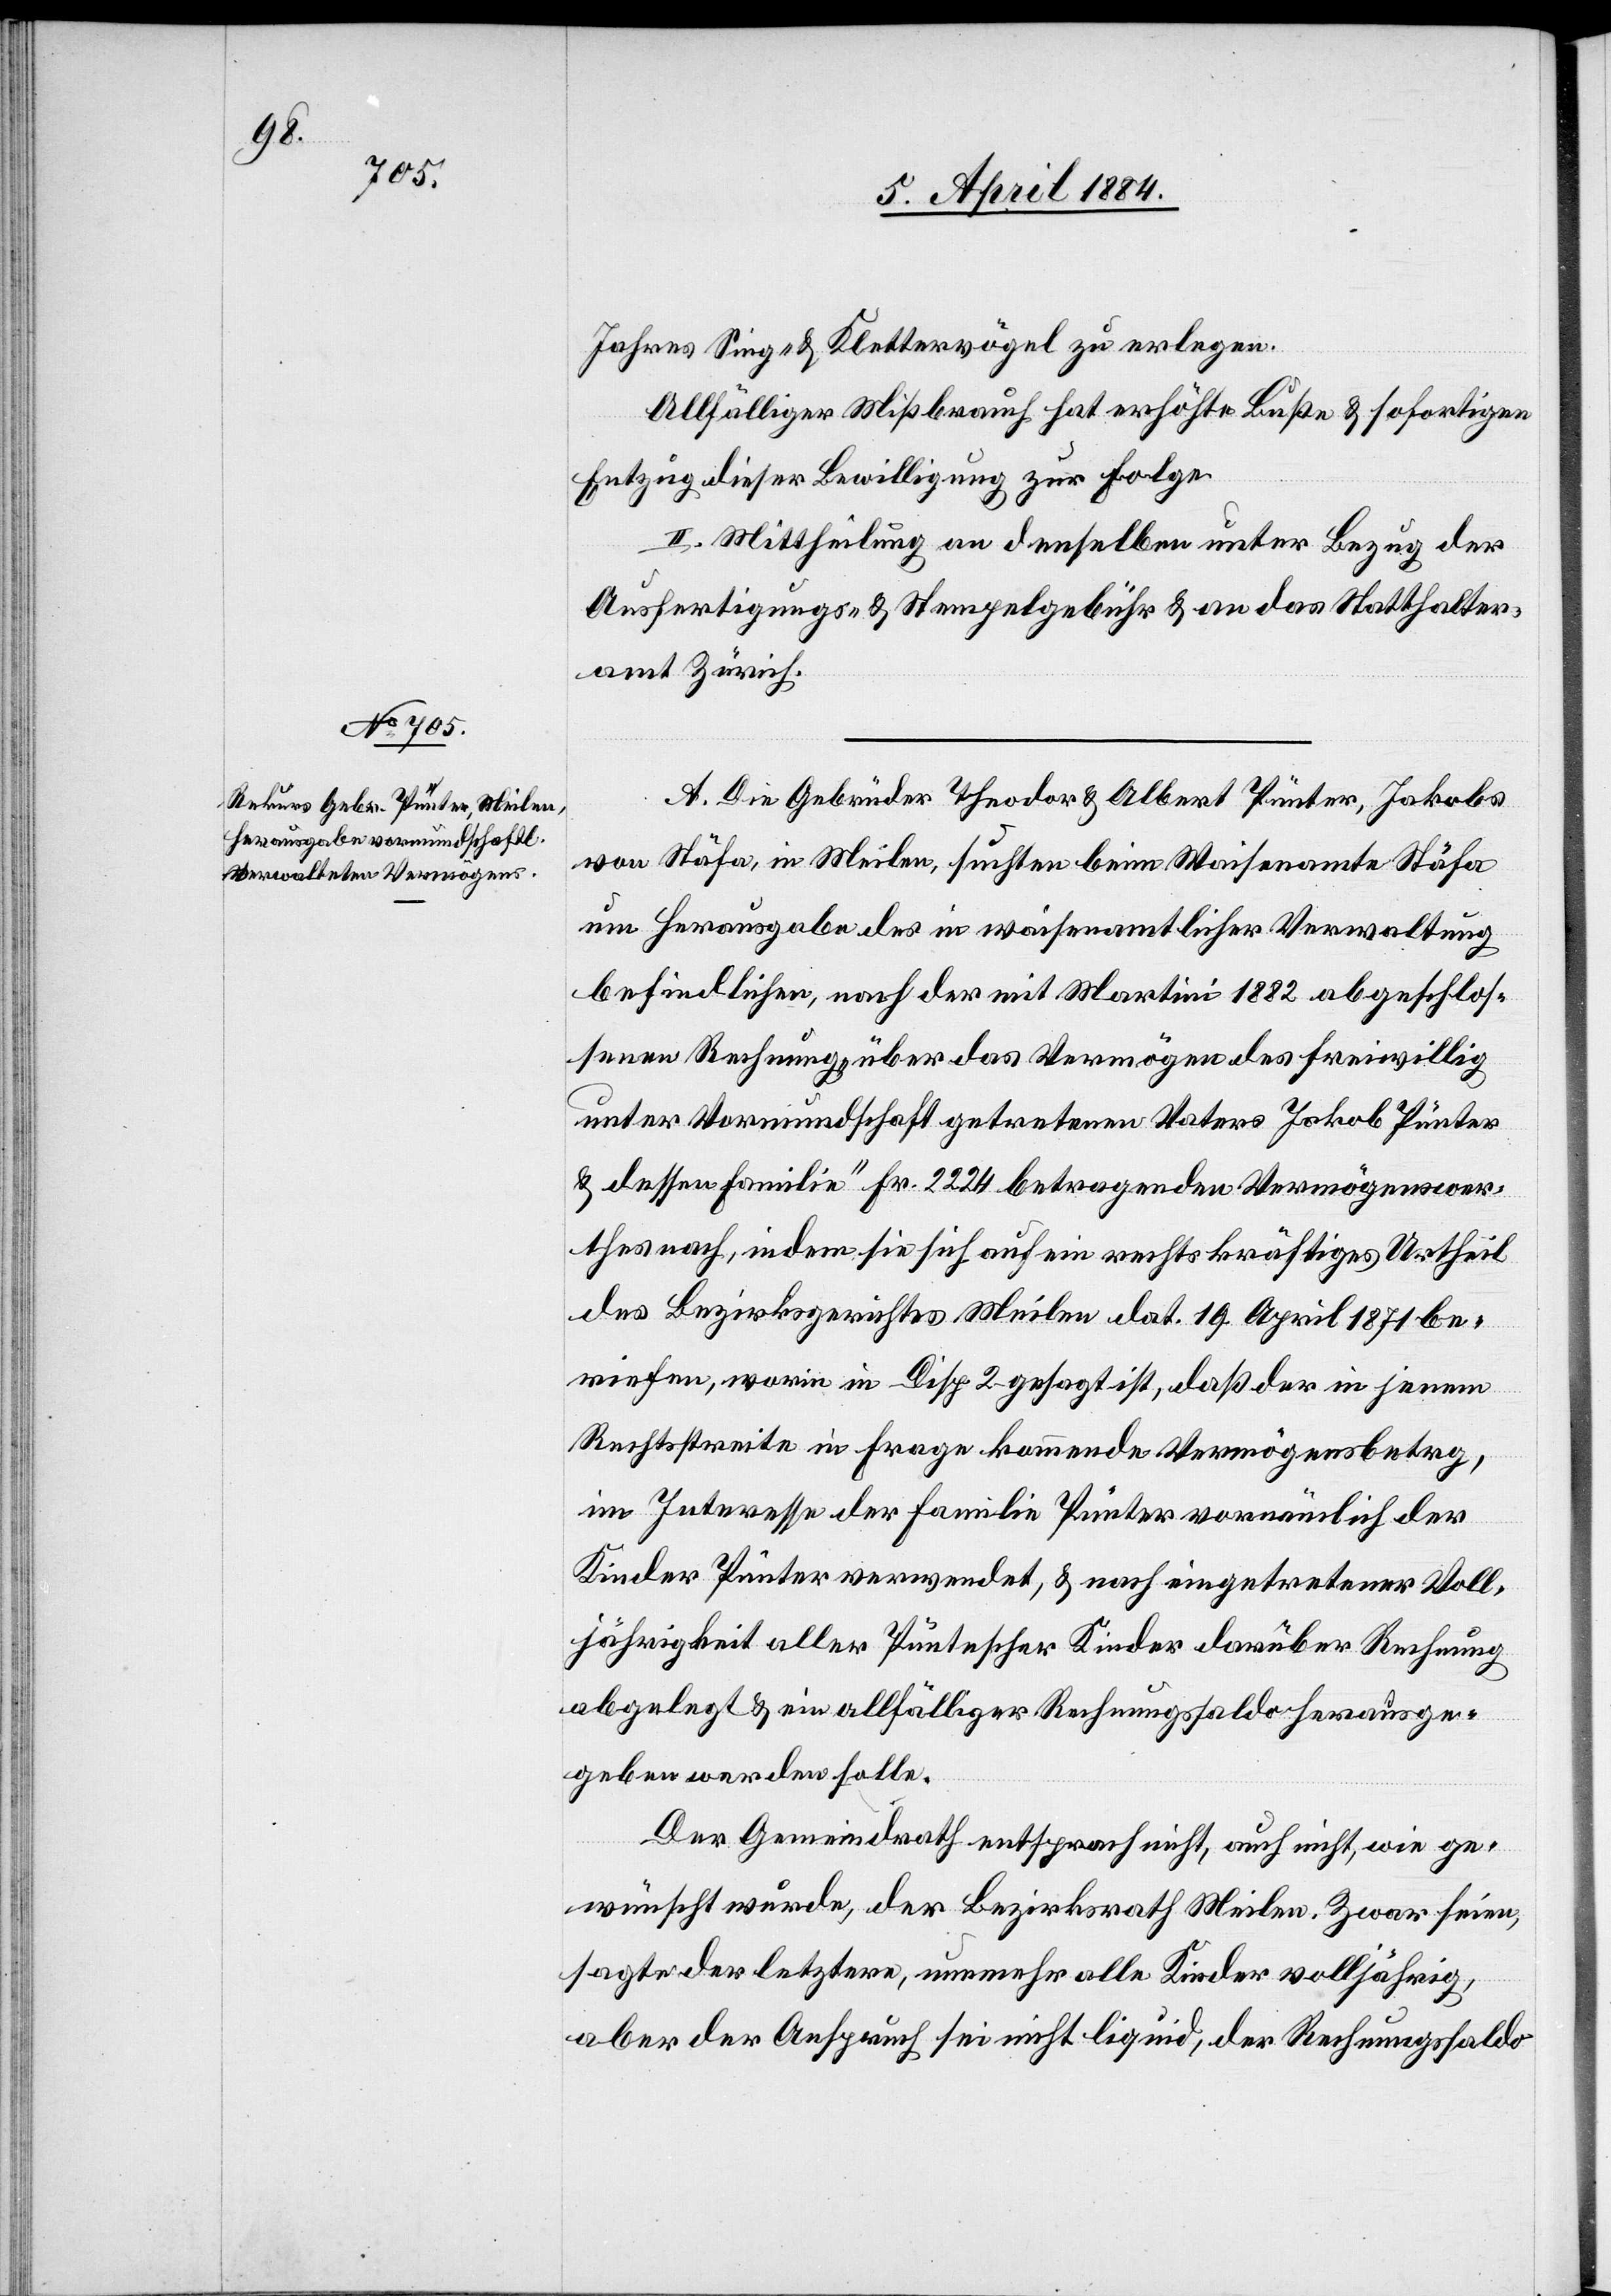
Jahres Sing- & Klettervögel zu erlegen.
Allfälliger Mißbrauch hat erhöhte Buße & sofortigen
Entzug dieser Bewilligung zur Folge.
II. Mittheilung an denselben unter Bezug der
Ausfertigungs- & Stempelgebühr & an das Statthalter¬
amt Zürich.
A. Die Gebrüder Theodor & Albert Pünter, Jakobs
von Stäfa, in Meilen, suchten beim Waisenamte Stäfa
um Herausgabe des in waisenamtlicher Verwaltung
befindlichen, nach der mit Martini 1882 abgeschlos¬
senen Rechnung über das Vermögen des freiwillig
unter Vormundschaft getretenen Vaters Jakob Pünter
& dessen Familie Fr. 2224 betragenden Vermögenswer¬
thes nach, indem sie sich auf ein rechtskräftiges Urtheil
des Bezirksgerichtes Meilen, dat. 19. April 1871 be¬
riefen, worin in Disp. 2 gesagt ist, daß der in jenem
Rechtsstreite in Frage kommende Vermögensbetrag,
im Interesse der Familie Pünter vornämlich der
Kinder Pünter verwendet, & nach eingetretener Voll¬
jährigkeit aller Püntescher Kinder darüber Rechnung
abgelegt & ein allfälliger Rechnungssaldo herausge¬
geben werden solle.
Der Gemeindrath entsprach nicht, auch nicht, wie ge¬
wünscht wurde, der Bezirksrath Meilen. Zwar seien,
sagte der letztere, nunmehr alle Kinder volljährig,
aber der Anspruch sei nicht liquid, der Rechnungssaldo